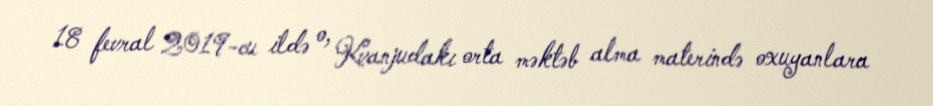
18 fevral 2019-cu ildə o, Kvanjudakı orta məktəb alma materində oxuyanlara